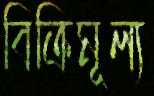
বিক্রিমূল্য